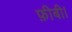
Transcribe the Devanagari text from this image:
फ़ीबी।